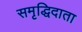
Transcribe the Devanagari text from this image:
समृद्धिदाता